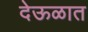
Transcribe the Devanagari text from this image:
देऊळात